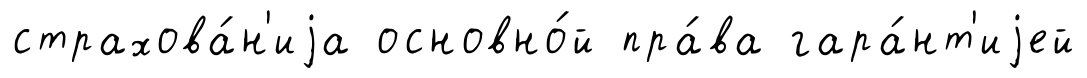
страхова́н'иjа основно́й пра́ва гара́нт'иjей